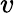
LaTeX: v